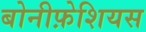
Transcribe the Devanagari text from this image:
बोनीफ़ेशियस